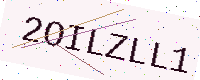
Text: 2OILZLL1